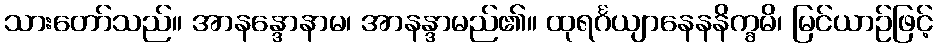
သားတော်သည်။ အာနန္ဒောနာမ၊ အာနန္ဒာမည်၏။ ထုရင်္ဂယျာနေနနိက္ခမိ၊ မြင်ယာဉ်ဖြင့်